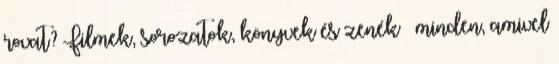
rovat? Filmek, sorozatok, könyvek és zenék – minden, amivel